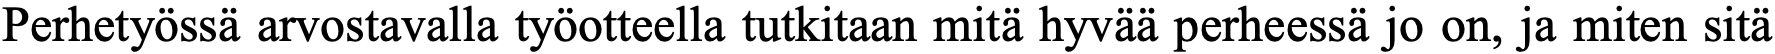
Perhetyössä arvostavalla työotteella tutkitaan mitä hyvää perheessä jo on, ja miten sitä